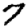
Digit: 7